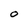
Character: O